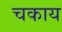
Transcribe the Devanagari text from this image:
चकाय